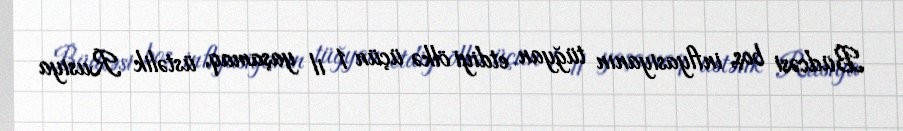
Büdcəsi boş, inflyasiyanın tüğyan etdiyi ölkə üçün 1 il yaşamaq, üstəlik Rusiya